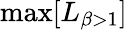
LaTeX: \mathrm{max}[L_{\beta>1}]